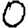
Digit: 0